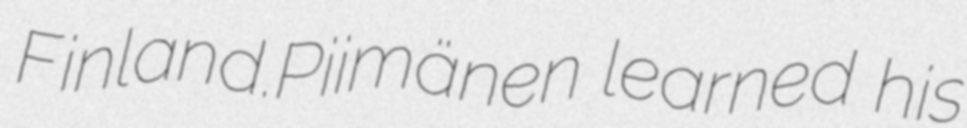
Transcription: Finland.Piimänen learned his